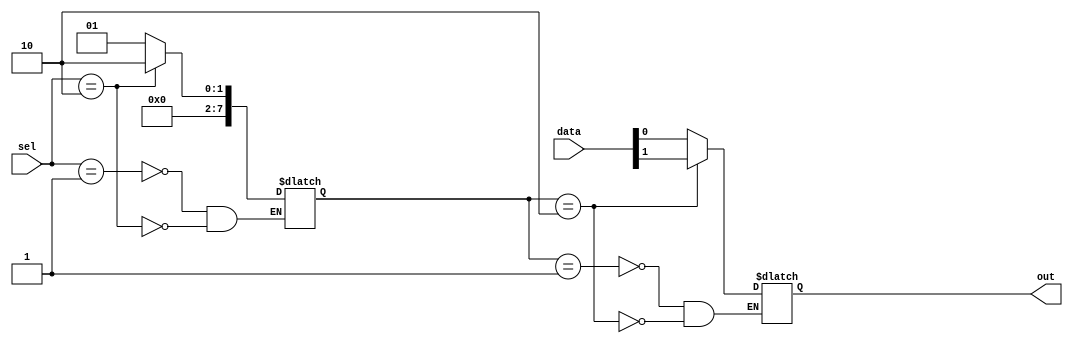
module mux_256to1 (
  input [255:0] data,
  input [7:0] sel,
  output reg out
);

reg [7:0] dec_out;

always @(*) begin
  case(sel)
    8'b00000001: dec_out <= 8'b00000001;
    8'b00000010: dec_out <= 8'b00000010;
    // Add remaining cases for all 256 inputs
  endcase
end

always @(dec_out) begin
  case(dec_out)
    8'b00000001: out <= data[0];
    8'b00000010: out <= data[1];
    // Add remaining cases for all 256 inputs
  endcase
end

endmodule